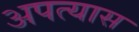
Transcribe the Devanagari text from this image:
अपत्यास